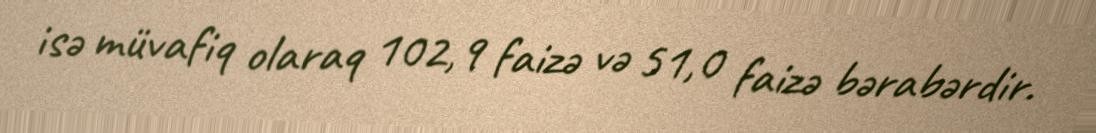
isə müvafiq olaraq 102,9 faizə və 51,0 faizə bərabərdir.